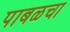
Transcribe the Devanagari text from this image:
पाबळचा